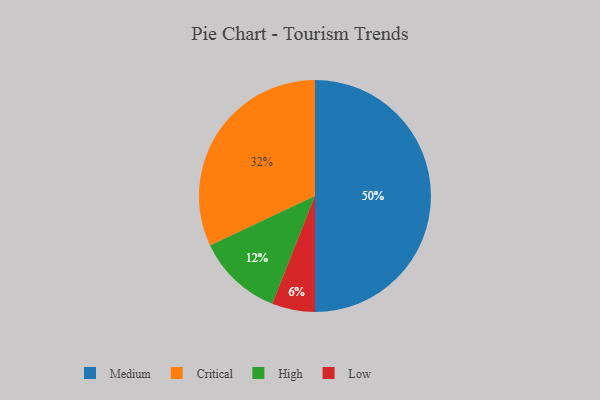
{"axis": {"x": "Category", "y": "Percentage"}, "legend": ["Critical", "High", "Low", "Medium"], "data": [{"x": "Medium", "y": 50, "type": "Medium"}, {"x": "High", "y": 12, "type": "High"}, {"x": "Critical", "y": 32, "type": "Critical"}, {"x": "Low", "y": 6, "type": "Low"}]}